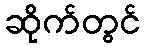
ဆိုက်တွင်